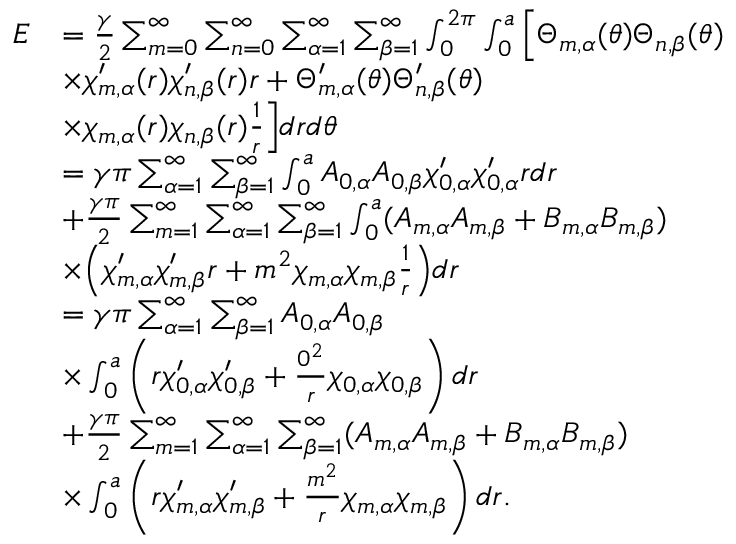
\begin{array} { r l } { E } & { = \frac { \gamma } { 2 } \sum _ { m = 0 } ^ { \infty } \sum _ { n = 0 } ^ { \infty } \sum _ { \alpha = 1 } ^ { \infty } \sum _ { \beta = 1 } ^ { \infty } \int _ { 0 } ^ { 2 \pi } \int _ { 0 } ^ { a } \Big [ \Theta _ { m , \alpha } ( \theta ) \Theta _ { n , \beta } ( \theta ) } \\ & { \times \chi _ { m , \alpha } ^ { \prime } ( r ) \chi _ { n , \beta } ^ { \prime } ( r ) r + \Theta _ { m , \alpha } ^ { \prime } ( \theta ) \Theta _ { n , \beta } ^ { \prime } ( \theta ) } \\ & { \times \chi _ { m , \alpha } ( r ) \chi _ { n , \beta } ( r ) \frac { 1 } { r } \Big ] d r d \theta } \\ & { = \gamma \pi \sum _ { \alpha = 1 } ^ { \infty } \sum _ { \beta = 1 } ^ { \infty } \int _ { 0 } ^ { a } A _ { 0 , \alpha } A _ { 0 , \beta } \chi _ { 0 , \alpha } ^ { \prime } \chi _ { 0 , \alpha } ^ { \prime } r d r } \\ & { + \frac { \gamma \pi } { 2 } \sum _ { m = 1 } ^ { \infty } \sum _ { \alpha = 1 } ^ { \infty } \sum _ { \beta = 1 } ^ { \infty } \int _ { 0 } ^ { a } ( A _ { m , \alpha } A _ { m , \beta } + B _ { m , \alpha } B _ { m , \beta } ) } \\ & { \times \Big ( \chi _ { m , \alpha } ^ { \prime } \chi _ { m , \beta } ^ { \prime } r + m ^ { 2 } \chi _ { m , \alpha } \chi _ { m , \beta } \frac { 1 } { r } \Big ) d r } \\ & { = \gamma \pi \sum _ { \alpha = 1 } ^ { \infty } \sum _ { \beta = 1 } ^ { \infty } A _ { 0 , \alpha } A _ { 0 , \beta } } \\ & { \times \int _ { 0 } ^ { a } \left( r \chi _ { 0 , \alpha } ^ { \prime } \chi _ { 0 , \beta } ^ { \prime } + \frac { 0 ^ { 2 } } { r } \chi _ { 0 , \alpha } \chi _ { 0 , \beta } \right) d r } \\ & { + \frac { \gamma \pi } { 2 } \sum _ { m = 1 } ^ { \infty } \sum _ { \alpha = 1 } ^ { \infty } \sum _ { \beta = 1 } ^ { \infty } ( A _ { m , \alpha } A _ { m , \beta } + B _ { m , \alpha } B _ { m , \beta } ) } \\ & { \times \int _ { 0 } ^ { a } \left( r \chi _ { m , \alpha } ^ { \prime } \chi _ { m , \beta } ^ { \prime } + \frac { m ^ { 2 } } { r } \chi _ { m , \alpha } \chi _ { m , \beta } \right) d r . } \end{array}